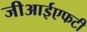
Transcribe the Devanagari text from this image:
जीआईएफटी